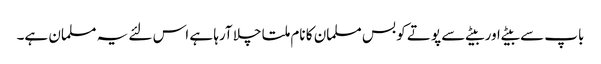
باپ سے بیٹے اور بیٹے سے پوتے کو بس مسلمان کا نام ملتا چلا آرہا ہے اس لئے یہ مسلمان ہے۔